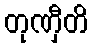
တုဏှီတိ